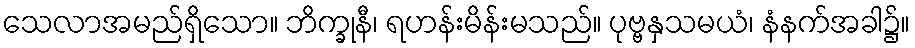
သေလာအမည်ရှိသော။ ဘိက္ခုနီ၊ ရဟန်းမိန်းမသည်။ ပုဗ္ဗနှသမယံ၊ နံနက်အခါ၌။